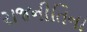
રાજનીતિના